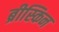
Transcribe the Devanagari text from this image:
ब्रीस्किन